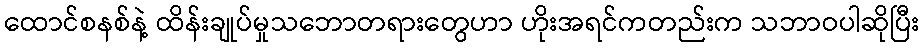
ထောင်စနစ်နဲ့ ထိန်းချုပ်မှုသဘောတရားတွေဟာ ဟိုးအရင်ကတည်းက သဘာဝပါဆိုပြီး